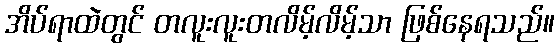
အိပ်ရာထဲတွင် တလူးလူးတလိမ့်လိမ့်သာ ဖြစ်နေရသည်။